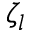
\zeta _ { l }